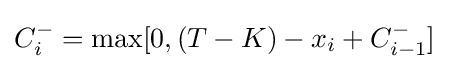
C_{i}^{-}=\max \lbrack 0,\left(T-K\right)-x_{i}+C_{i-1}^{-}\rbrack